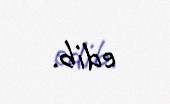
edib.